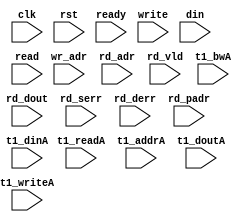
module algo_1r1w1p_p10_sva_wrap
#(parameter IP_WIDTH = 64, parameter IP_BITWIDTH = 6, parameter IP_NUMADDR = 8192, parameter IP_DECCBITS = 0,
parameter IP_BITADDR = 13, parameter IP_NUMVBNK = 1, parameter IP_BITVBNK = 1, parameter IP_BITPBNK = 1,
parameter IP_ENAECC = 0, parameter IP_ENAPAR = 0, parameter IP_SECCBITS = 4, parameter IP_SECCDWIDTH = 3, 
parameter T1_WIDTH = 64,
parameter FLOPECC = 0, parameter FLOPIN = 0, parameter FLOPOUT = 0, parameter FLOPCMD = 0, parameter FLOPMEM = 0,
parameter T1_NUMVBNK = 1, parameter T1_BITVBNK = 1, parameter T1_DELAY = 1,
parameter T1_NUMWRDS = 1, parameter T1_BITWRDS = 1,  parameter T1_NUMSROW = 4096, parameter T1_BITSROW = 12, parameter T1_PHYWDTH = 128,
parameter T1_NUMVROW = 8192, parameter T1_BITVROW = 13, parameter T1_BITWSPF = 0
)

(clk, rst, ready, write, wr_adr, din, read, rd_adr, rd_dout, rd_vld, rd_serr, rd_derr, rd_padr,
 t1_readA, t1_writeA, t1_addrA, t1_dinA, t1_bwA,  t1_doutA);
// MEMOIR_TRANSLATE_OFF

  parameter WIDTH = IP_WIDTH;
  parameter BITWDTH = IP_BITWIDTH;
  parameter NUMRDPT = 1;
  parameter NUMWRPT = 1;
  parameter NUMADDR = IP_NUMADDR;
  parameter BITADDR = IP_BITADDR;
  parameter NUMVROW = T1_NUMVROW;
  parameter BITVROW = T1_BITVROW;
  parameter NUMVBNK = IP_NUMVBNK;
  parameter BITVBNK = IP_BITVBNK;
  parameter SRAM_DELAY = T1_DELAY;
  parameter NUMWRDS = T1_NUMWRDS;      // ALIGN Parameters
  parameter BITWRDS = T1_BITWRDS;
  parameter NUMSROW = T1_NUMSROW;
  parameter BITSROW = T1_BITSROW;      
  parameter PHYWDTH = T1_PHYWDTH;
  parameter BITPADR = BITVBNK+BITSROW+BITWRDS+1;

  input [NUMWRPT-1:0]                              write;
  input [NUMWRPT*BITADDR-1:0]                      wr_adr;
  input [NUMWRPT*WIDTH-1:0]                        din;

  input [NUMRDPT-1:0]                              read;
  input [NUMRDPT*BITADDR-1:0]                      rd_adr;
  input [NUMRDPT-1:0]                             rd_vld;
  input [NUMRDPT*WIDTH-1:0]                       rd_dout;
  input [NUMRDPT-1:0]                             rd_serr;
  input [NUMRDPT-1:0]                             rd_derr;
  input [NUMRDPT*BITPADR-1:0]                     rd_padr;

  input                                           ready;
  input                                            clk, rst;

  input [NUMVBNK-1:0] t1_readA;
  input [NUMVBNK-1:0] t1_writeA;
  input [NUMVBNK*BITSROW-1:0] t1_addrA;
  input [NUMVBNK*PHYWDTH-1:0] t1_bwA;
  input [NUMVBNK*PHYWDTH-1:0] t1_dinA;
  input  [NUMVBNK*PHYWDTH-1:0] t1_doutA;

endmodule